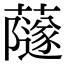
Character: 𧁂